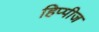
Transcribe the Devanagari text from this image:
हिप्पीज